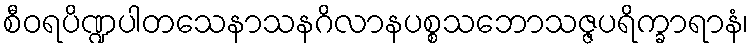
စီဝရပိဏ္ဍပါတသေနာသနဂိလာနပစ္စသဘောသဇ္ဇပရိက္ခာရာနံ၊